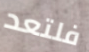
فلتعد